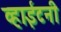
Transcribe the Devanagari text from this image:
व्हाईटनी